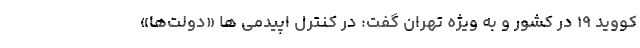
کووید ۱۹ در کشور و به ویژه تهران گفت: در کنترل اپیدمی ها «دولت‌ها»